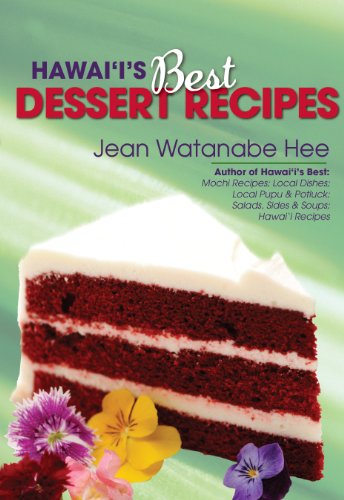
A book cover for Hawaii's Best Local Desserts; Jean Hee; Cookbooks, Food & Wine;